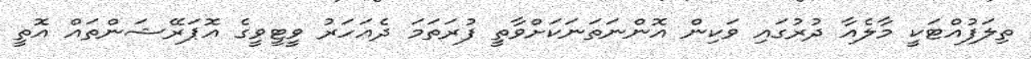
ތިލަފުއްޓަކީ މާލެއާ ދުރުގައި ވަކިން އޮންނަތަނަކަށްވާތީ ފުރަތަމަ ދެއަހަރު ވީޓީވީގެ އޮޕަރޭޝަންތައް އޮތީ